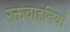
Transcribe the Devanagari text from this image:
रक्तवाहनियाँ